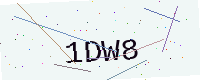
Text: 1DW8